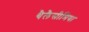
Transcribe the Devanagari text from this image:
थैलैसीमिया